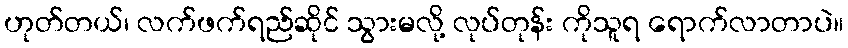
ဟုတ်တယ်၊ လက်ဖက်ရည်ဆိုင် သွားမလို့ လုပ်တုန်း ကိုသူရ ရောက်လာတာပဲ။